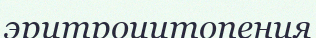
эритроцитопения